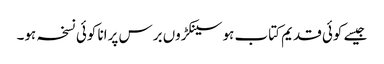
جیسے کوئی قدیم کتاب ہو سینکڑوں برس پرانا کوئی نسخہ ہو۔